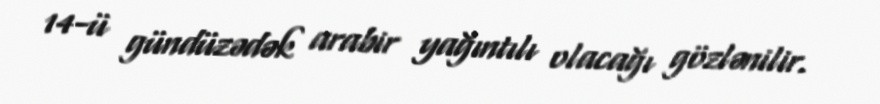
14-ü gündüzədək arabir yağıntılı olacağı gözlənilir.